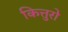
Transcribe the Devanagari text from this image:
कित्तुरो